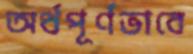
অর্থপূর্ণভাবে